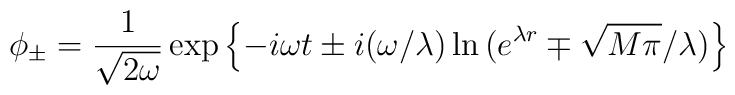
\phi_\pm = \frac{1}{\sqrt{2\omega}} \exp\left\{-i\omega t \pm i(\omega/\lambda)\ln{(e^{\lambda r} \mp \sqrt{M\pi}/\lambda)}\right\}